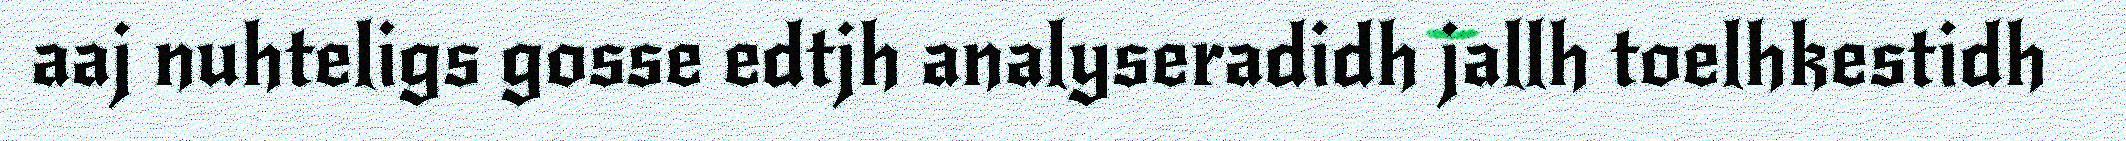
aaj nuhteligs gosse edtjh analyseradidh jallh toelhkestidh